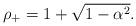
LaTeX: \begin{align*}\rho_+=1+\sqrt{1-\alpha^2}.\end{align*}